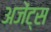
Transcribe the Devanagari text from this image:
अजेंट्स